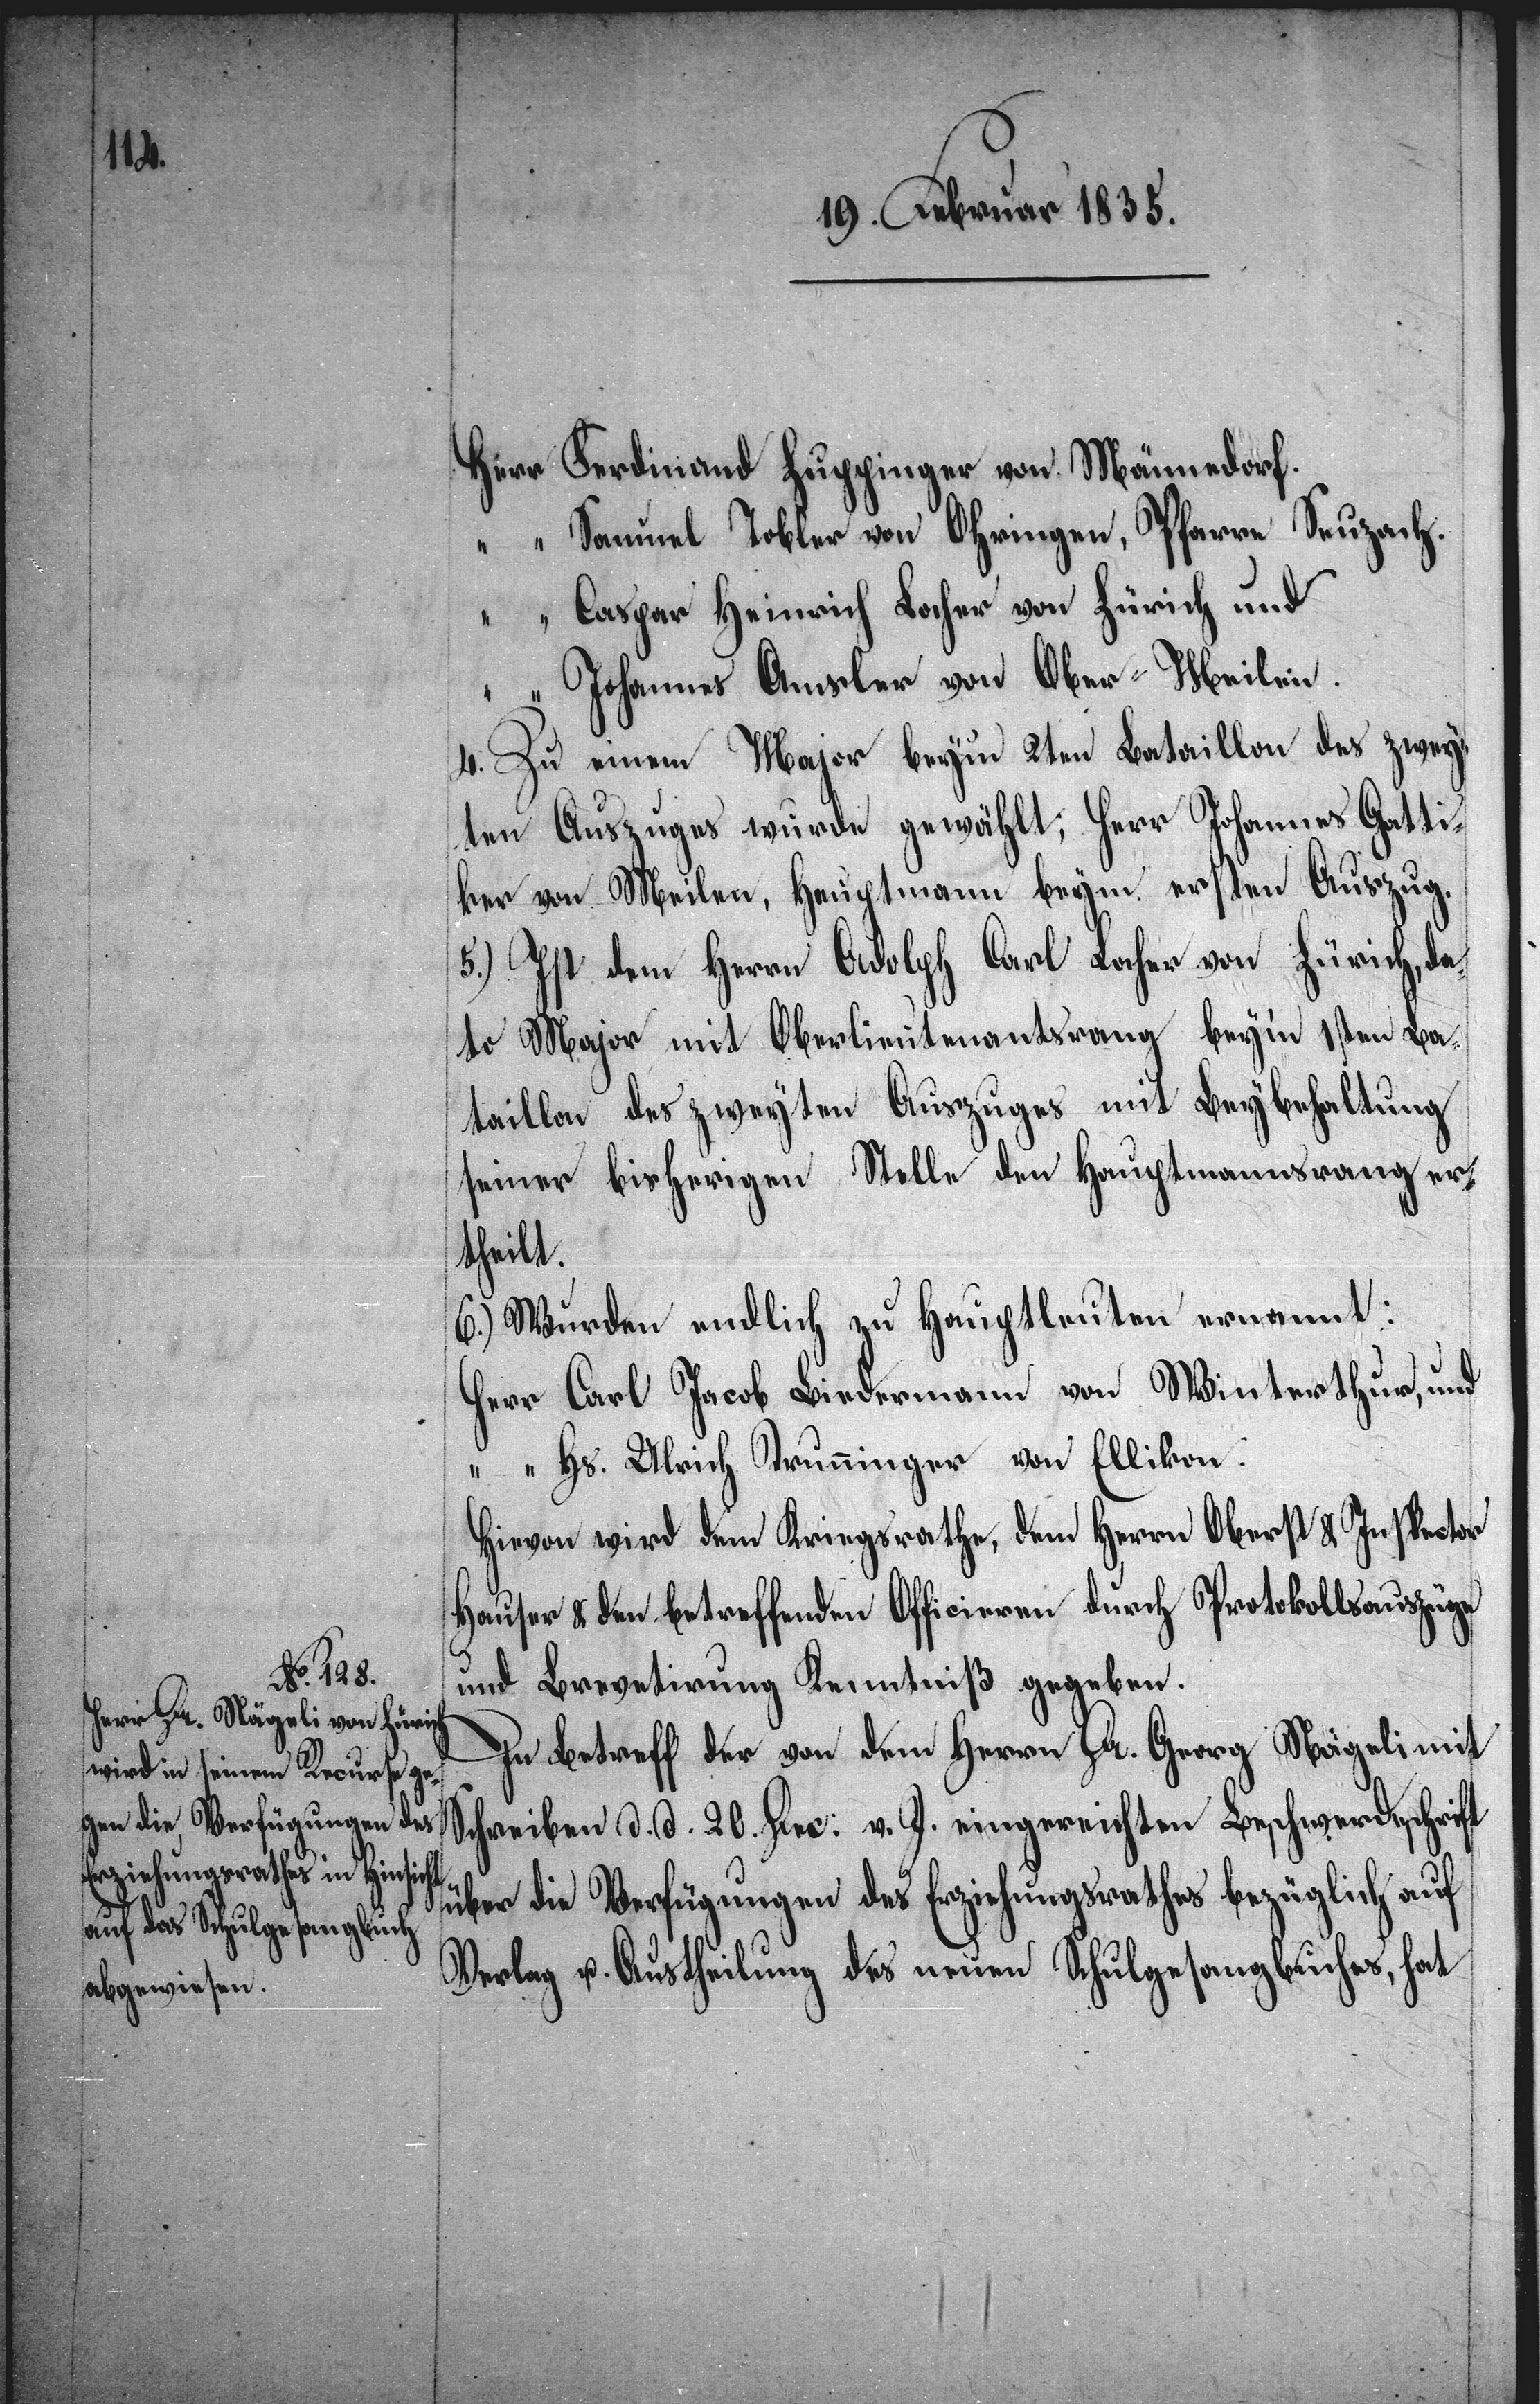
Herr Ferdinand Zuppinger von Männedorf.
“ Samuel Tobler von Ohringen, Pfarre Seuzach.
Caspar Heinrich Locher von Zürich und
“ Johannes Amsler von Ober-Meilen.
4. Zu einem Major beym 2ten Bataillon des zwey¬
ten Auszuges wurde gewählt, Herr Johannes Gatti¬
ker von Meilen, Hauptmann beym ersten Auszug.
da¬
5.) Ist dem Herrn Adolph Carl Locher von Zürich,
to Major mit Oberlieutenantsrang bey’m 1sten Ba¬
taillon des zweyten Auszuges mit Beybehaltung
seiner bisherigen Stelle den [sic!] Hauptmannsrang er¬
theilt.
6.) Wurden endlich zu Hauptleuten ernannt:
Herr Carl Jacob Biedermann von Winterthur, und
“ Hs. Ulrich Trunninger von Ellikon.
Hiervon wird dem Kriegsrathe, dem Herrn Oberst & Inspector
Hauser & den betreffenden Officieren durch Protokollsauszüge
und Brevetirung Kenntniß gegeben.
In Betreff der von dem Herrn Dr. Georg Nägeli mit
Schreiben d. d. 20. Dec: v. J. eingereichten Beschwerdeschrift
über die Verfügungen des Erziehungsrathes bezüglich auf
Verlag u. Auslieferung des neuen Schulgesangbuches, hat